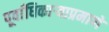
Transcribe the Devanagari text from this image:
पूर्वाधिकार्‍याप्रमाणे